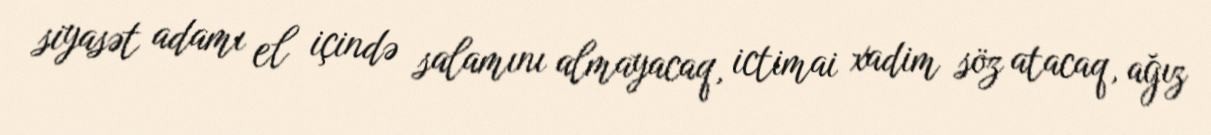
siyasət adamı el içində salamını almayacaq, ictimai xadim söz atacaq, ağız